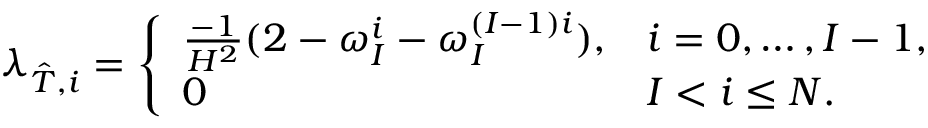
\lambda _ { \hat { T } , i } = \left\{ \begin{array} { l l } { \frac { - 1 } { H ^ { 2 } } ( 2 - \omega _ { I } ^ { i } - \omega _ { I } ^ { ( I - 1 ) i } ) , } & { i = 0 , \ldots , I - 1 , } \\ { 0 } & { I < i \leq N . } \end{array} \right.